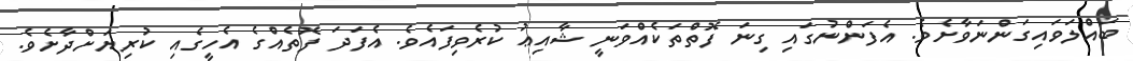
ބައްލަވައިގަންނަވާށެވެ. އެފަންނުގައި ގިނަ ފޮތްތަކެއްވަނީ ޝާއިޢު ކުރެވިފައެވެ. އެފަދަ ފޮތެއްގެ އެހީގެއި ކުރިޔަށްދާށެވެ.